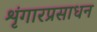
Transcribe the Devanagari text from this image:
शृंगारप्रसाधन